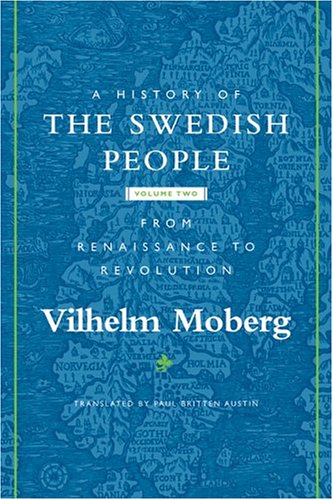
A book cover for A History of the Swedish People: Volume II: From Renaissance to Revolution; Vilhelm Moberg; History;